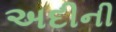
અદીની